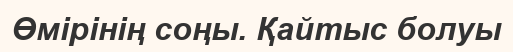
Өмірінің соңы. Қайтыс болуы